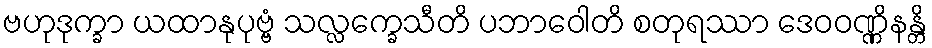
ဗဟုဒုက္ခာ ယထာနုပုဗ္ဗံ သလ္လက္ခေသီတိ ပဘာဝေါတိ စတုရဿာ ဒေဝဝဏ္ဏိနန္တိ